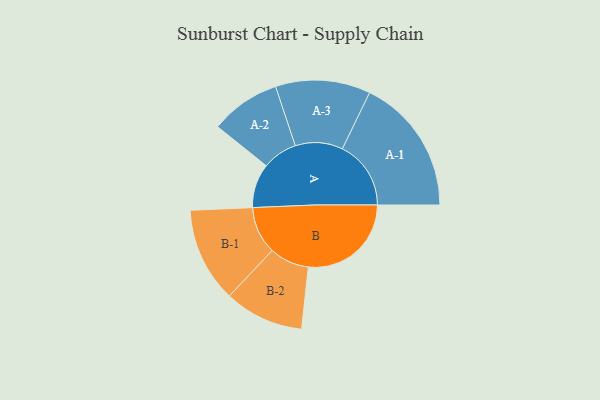
{"axis": {"x": "Segment", "y": "Value"}, "legend": ["", "A", "B"], "data": [{"x": "A", "y": 171, "type": ""}, {"x": "B", "y": 399, "type": ""}, {"x": "A-1", "y": 266, "type": "A"}, {"x": "A-2", "y": 136, "type": "A"}, {"x": "A-3", "y": 184, "type": "A"}, {"x": "B-1", "y": 184, "type": "B"}, {"x": "B-2", "y": 154, "type": "B"}]}